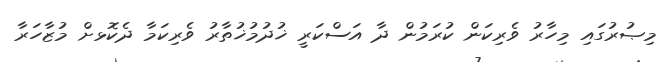
މިޞުރުގައި މިހާރު ވެރިކަން ކުރަމުން ދާ އަސްކަރީ ޚުދުމުޚުތާރު ވެރިކަމާ ދެކޮޅށް މުޒާހަރާ